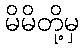
မိမိတို့မှ